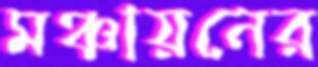
মঞ্চায়নের